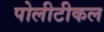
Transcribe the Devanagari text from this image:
पोलीटीकल